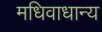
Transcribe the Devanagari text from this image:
मधिवाधान्य